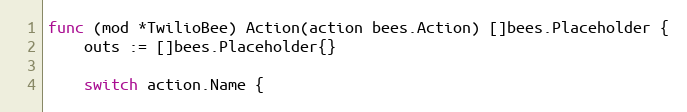
Language: Go
func (mod *TwilioBee) Action(action bees.Action) []bees.Placeholder {
	outs := []bees.Placeholder{}

	switch action.Name {